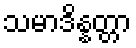
သမာဒိန္နတ္တာ